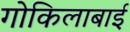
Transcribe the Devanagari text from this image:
गोकिलाबाई